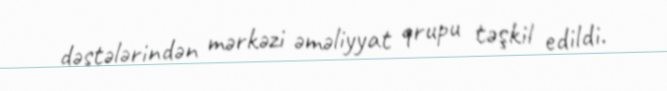
dəstələrindən mərkəzi əməliyyat qrupu təşkil edildi.